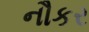
નૌકર